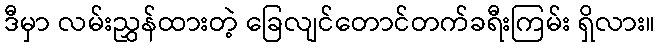
ဒီမှာ လမ်းညွှန်ထားတဲ့ ခြေလျင်တောင်တက်ခရီးကြမ်း ရှိလား။